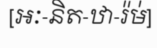
[អៈ-និត-ឋា-រ៉ម់]